Vaccination returns of the Province of Eastern Bengal and Assam - 1905-1912
Year: 1905
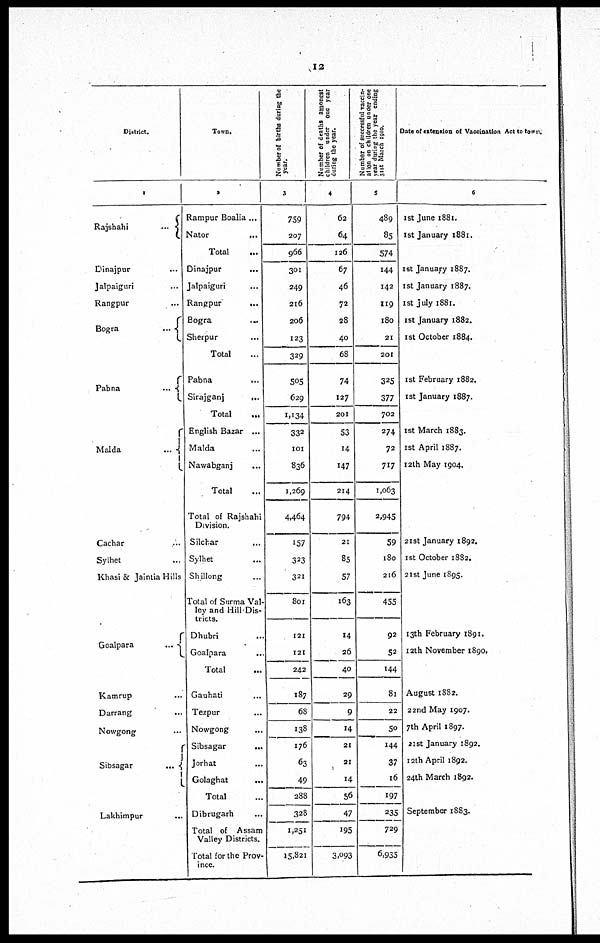
12
District.
1
Rajshahi
...
Dinajpur
...
Jalpaiguri ...
Rangpur
Bogra
...
Pabna
...
Malda
...
Cachar ...
Sylhet ...
Khasi & Jaintia Hills
Goalpara
...
Kamrup ...
Darrang ...
Nowgong ...
Sibsagar
...
Lakhimpur ...
Town.
2
Rampur Boalia ...
Nator
...
Total ...
Dinajpur
...
Jalpaiguri
...
Rangpur
...
Bogra
...
Sherpur ...
Total
Pabna
...
Sirajganj
...
Total
English Bazar ...
Malda ...
Nawabganj
...
Total
Total of Rajshahi
Division.
Silchar
...
Sylhet ...
Shillong ...
Total of Surma Val-
ley and Hill-Dis-
tricts.
Dhubri ...
Goalpara
...
Total ...
Gauhati ...
Tezpur
...
Nowgong ...
Sibsagar
...
Jorhat ...
Golaghat
...
Total
Dibrugarh ...
Total of Assam
Valley Districts.
Total for the Prov-
ince.
Number of births during the
year.
3
759
207
966
301
249
216
206
123
329
505
629
1,134
332
101
836
1,269
4,464
157
323
321
801
121
121
242
187
68
138
176
63
49
288
328
1,251
15,821
Number of deaths amongst
children under one year
during the year.
4
62
64
126
67
46
72
28
40
68
74
127
201
53
14
147
214
794
21
85
57
163
14
26
40
29
9
14
21
21
14
56
47
195
3,093
Number of successful vaccin-
al ion on children under one
year during the year ending
31st March 1910.
5
489
85
574
144
142
119
180
21
201
325
377
702
274
72
717
1,063
2,945
59
180
216
455
92
52
144
81
22
50
144
37
16
197
235
729
6,935
Date of extension of Vaccination Act to town.
6
1st June 1881.
1st January 1881.
1st January 1887.
1st January 1887.
1st July 1881.
1st January 1882.
1st October 1884.
1st February 1882.
1st January 1887.
1st March 1883.
1st April 1887.
12th May 1904.
21st January 1892.
1st October 1882.
21st June 1895.
13th February 1891.
12th November 1890.
August 1882.
22nd May 1907.
7th April 1897.
21st January 1892.
12th April 1892.
24th March 1892.
September 1883.